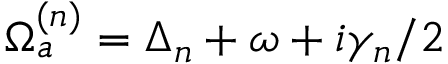
\Omega _ { a } ^ { ( n ) } = \Delta _ { n } + \omega + i \gamma _ { n } / 2